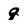
Character: 9